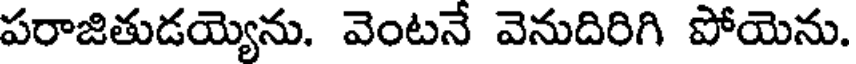
పరాజితుడయ్యెను. వెంటనే వెనుదిరిగి పోయెను.